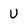
Character: U